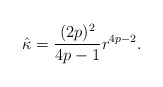
\begin{align*}\hat{\kappa}=\frac{(2p)^2}{4p-1}r^{4p-2}.\end{align*}